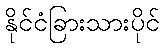
နိုင်ငံခြားသားပိုင်